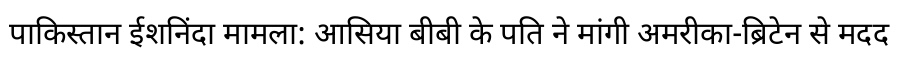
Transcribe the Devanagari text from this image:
पाकिस्तान ईशनिंदा मामला: आसिया बीबी के पति ने मांगी अमरीका-ब्रिटेन से मदद